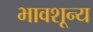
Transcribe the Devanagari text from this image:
भावशून्‍य